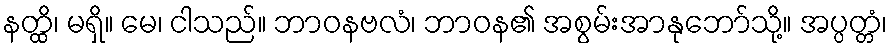
နတ္ထိ၊ မရှိ။ မေ၊ ငါသည်။ ဘာဝနဗလံ၊ ဘာဝန၏ အစွမ်းအာနုဘော်သို့။ အပ္ပတ္တံ၊